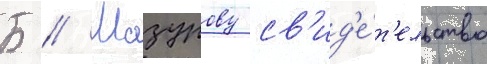
Б // Мазурову св'ид'е́т'ельство